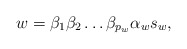
\begin{align*}w=\beta _1\beta _2\dots\beta _{p_w}\alpha _ws_w,\end{align*}